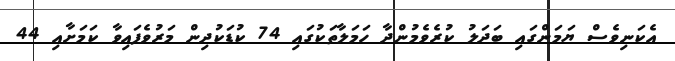
އެކަނިވެސް ޔަމަންގައި ބަދަލު ކުރެވެމުންދާ ހަމަލާތަކުގައި 74 ކުޑަކުދިން މަރުވެފައިވާ ކަމަށާއި 44